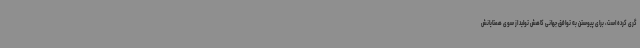
گری کرده است، برای پیوستن به توافق جهانی کاهش تولید از سوی همتایانش